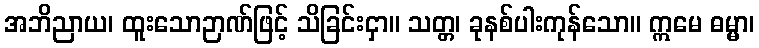
အဘိညာယ၊ ထူးသောဉာဏ်ဖြင့် သိခြင်းငှာ။ သတ္တ၊ ခုနစ်ပါးကုန်သော။ ဣမေ ဓမ္မာ၊